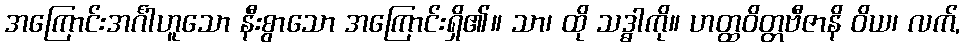
အကြောင်းအင်္ဂါဟူသော နီးစွာသော အကြောင်းရှိ၏။ သာ၊ ထို သဒ္ဓါကို။ ဟတ္ထဝိတ္တဗီဇာနိ ဝိယ၊ လက်,